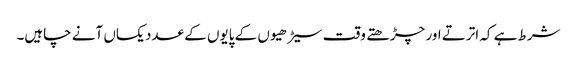
شرط ہے کہ اترتے اور چڑھتے وقت سیڑھیوں کے پایوں کے عدد یکساں آنے چاہیں۔